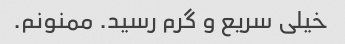
خیلی سریع و گرم رسید. ممنونم.